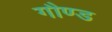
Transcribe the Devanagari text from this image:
गौण्ड